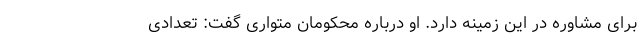
برای مشاوره در این زمینه دارد. او درباره محکومان متواری گفت: تعدادی